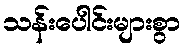
သန်းပေါင်းများစွာ